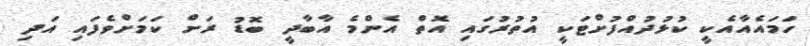
ހަމައެއާއެކީ ކުޅުދުއްފުށްޓަކީ އުތުރުގައި އޮތް އެންމެ އާބާދީ ބޮޑު ރަށް ކަމަށްވެފައި އަދި